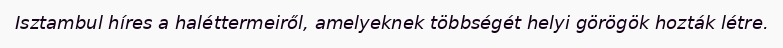
Isztambul híres a haléttermeiről, amelyeknek többségét helyi görögök hozták létre.